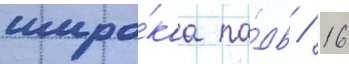
широ́каа па́дь / 16